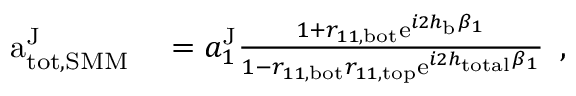
\begin{array} { r l } { \mathrm { a } _ { \mathrm { t o t , S M M } } ^ { \mathrm { J } } } & { { } = a _ { 1 } ^ { \mathrm { J } } \frac { 1 + r _ { 1 1 , \mathrm { b o t } } \mathrm { e } ^ { i 2 h _ { \mathrm { b } } \beta _ { 1 } } } { 1 - r _ { 1 1 , \mathrm { b o t } } r _ { 1 1 , \mathrm { t o p } } \mathrm { e } ^ { i 2 h _ { \mathrm { t o t a l } } \beta _ { 1 } } } } \end{array} ,